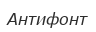
Антифонт